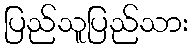
ပြည်သူပြည်သား